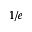
1 / e